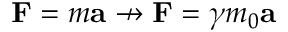
\mathbf { F } = m \mathbf { a } \nrightarrow \mathbf { F } = \gamma m _ { 0 } \mathbf { a }